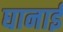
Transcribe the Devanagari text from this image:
घानाई